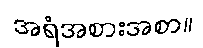
အရံအစားအစာ။